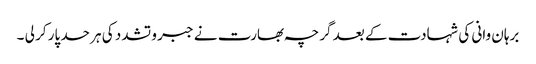
برہان وانی کی شہادت کے بعد گرچہ بھارت نے جبر و تشدد کی ہر حد پار کر لی ۔